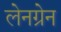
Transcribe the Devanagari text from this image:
लेनग्रेन